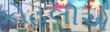
કોહલીએ